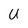
Character: U